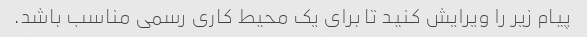
پیام زیر را ویرایش کنید تا برای یک محیط کاری رسمی مناسب باشد.